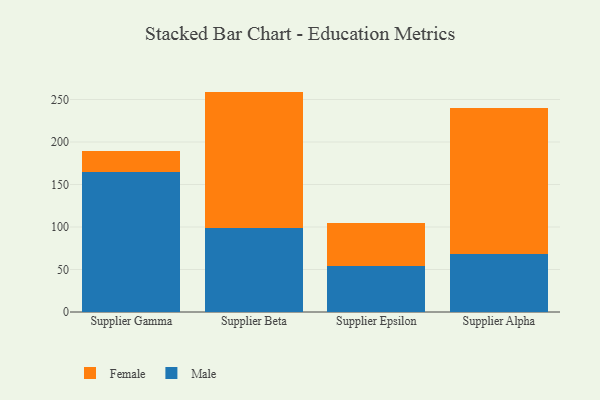
{"axis": {"x": "Supplier", "y": "Conversion Rate (%)"}, "legend": ["Female", "Male"], "data": [{"x": "Supplier Gamma", "y": 164.6, "type": "Male"}, {"x": "Supplier Gamma", "y": 25.4, "type": "Female"}, {"x": "Supplier Beta", "y": 98.5, "type": "Male"}, {"x": "Supplier Beta", "y": 160.8, "type": "Female"}, {"x": "Supplier Epsilon", "y": 53.8, "type": "Male"}, {"x": "Supplier Epsilon", "y": 51.2, "type": "Female"}, {"x": "Supplier Alpha", "y": 68.2, "type": "Male"}, {"x": "Supplier Alpha", "y": 172.2, "type": "Female"}]}